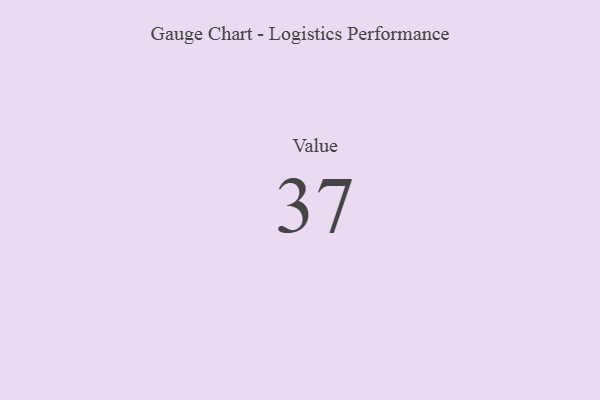
{"axis": {"x": "Metric", "y": "Value"}, "legend": [""], "data": [{"x": "Value", "y": 37, "type": ""}]}